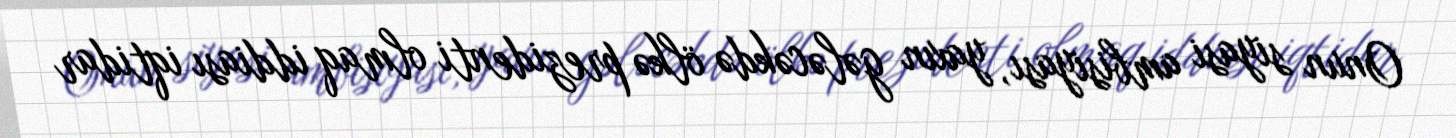
Onun siyasi ambisiyası, yaxın gələcəkdə ölkə prezidenti olmaq iddiası iqtidar